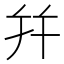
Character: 幷